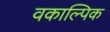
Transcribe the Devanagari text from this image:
वकाल्पिक